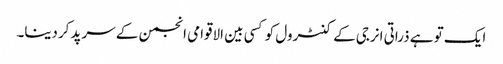
ایک تو ہے ذراتی انرجی کے کنٹرول کو کسی بین الاقوامی انجمن کے سرپد کردینا۔